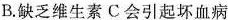
B.缺乏维生素C会引起坏血病